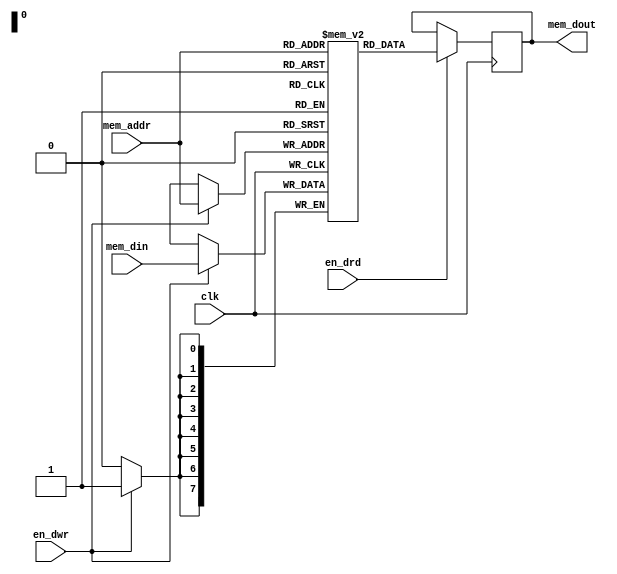
`timescale 1ns / 1ps

module Data_Memory(clk,en_drd,en_dwr,mem_addr,mem_din,mem_dout);
  input clk;
    input en_drd;               //enable data read (mem_addr)
    input en_dwr;               //enable data write (mem_din) 
    input [7:0]mem_addr;        //memory address
    input [7:0]mem_din;         //memory data input
    output reg [7:0]mem_dout;   //memory data output

reg [7:0]data_mem[0:255];



always@(posedge clk)
begin
    if(en_drd)
    begin
      mem_dout <= data_mem[mem_addr];
    end
    if(en_dwr)
    begin
        data_mem[mem_addr] <= mem_din;
    end
end

endmodule